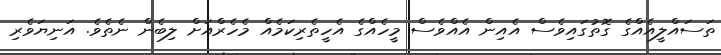
ތަސައްލީއެއްގެ ގޮތުގައިވެސް އެއިން އެއްވެސް މީހެއްގެ އެހީތެރިކަމެއް މެހެރްއަށް ލިބެން ނެތެވެ. އަނިޔަވެރި